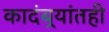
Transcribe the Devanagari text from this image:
कादंबर्‍यांतही